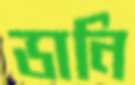
ডানি